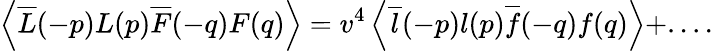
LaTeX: \left\langle\overline{{L}}(-p)L(p)\overline{{F}}(-q)F(q)\right\rangle=v^{4}\left\langle\overline{{l}}(-p)l(p)\overline{{f}}(-q)f(q)\right\rangle+....